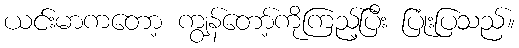
ယင်းမာကတော့ ကျွန်တော့်ကိုကြည့်ပြီး ပြုံးပြသည်။